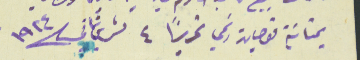
بمثابَة قوجان رسَمي تحريراً ٤ تشرين تاني سنة ١٩٢٤